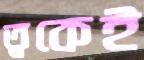
ত্বকেই